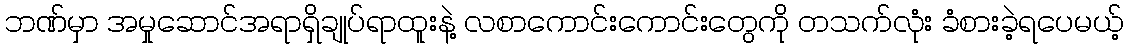
ဘဏ်မှာ အမှုဆောင်အရာရှိချုပ်ရာထူးနဲ့ လစာကောင်းကောင်းတွေကို တသက်လုံး ခံစားခဲ့ရပေမယ့်